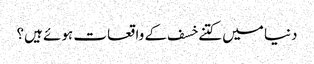
دنیا میں کتنے خسف کے واقعات ہوئے ہیں؟